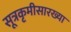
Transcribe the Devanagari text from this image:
सूत्रकृमीसारख्या